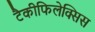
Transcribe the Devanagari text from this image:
टैकीफिलेक्सिस